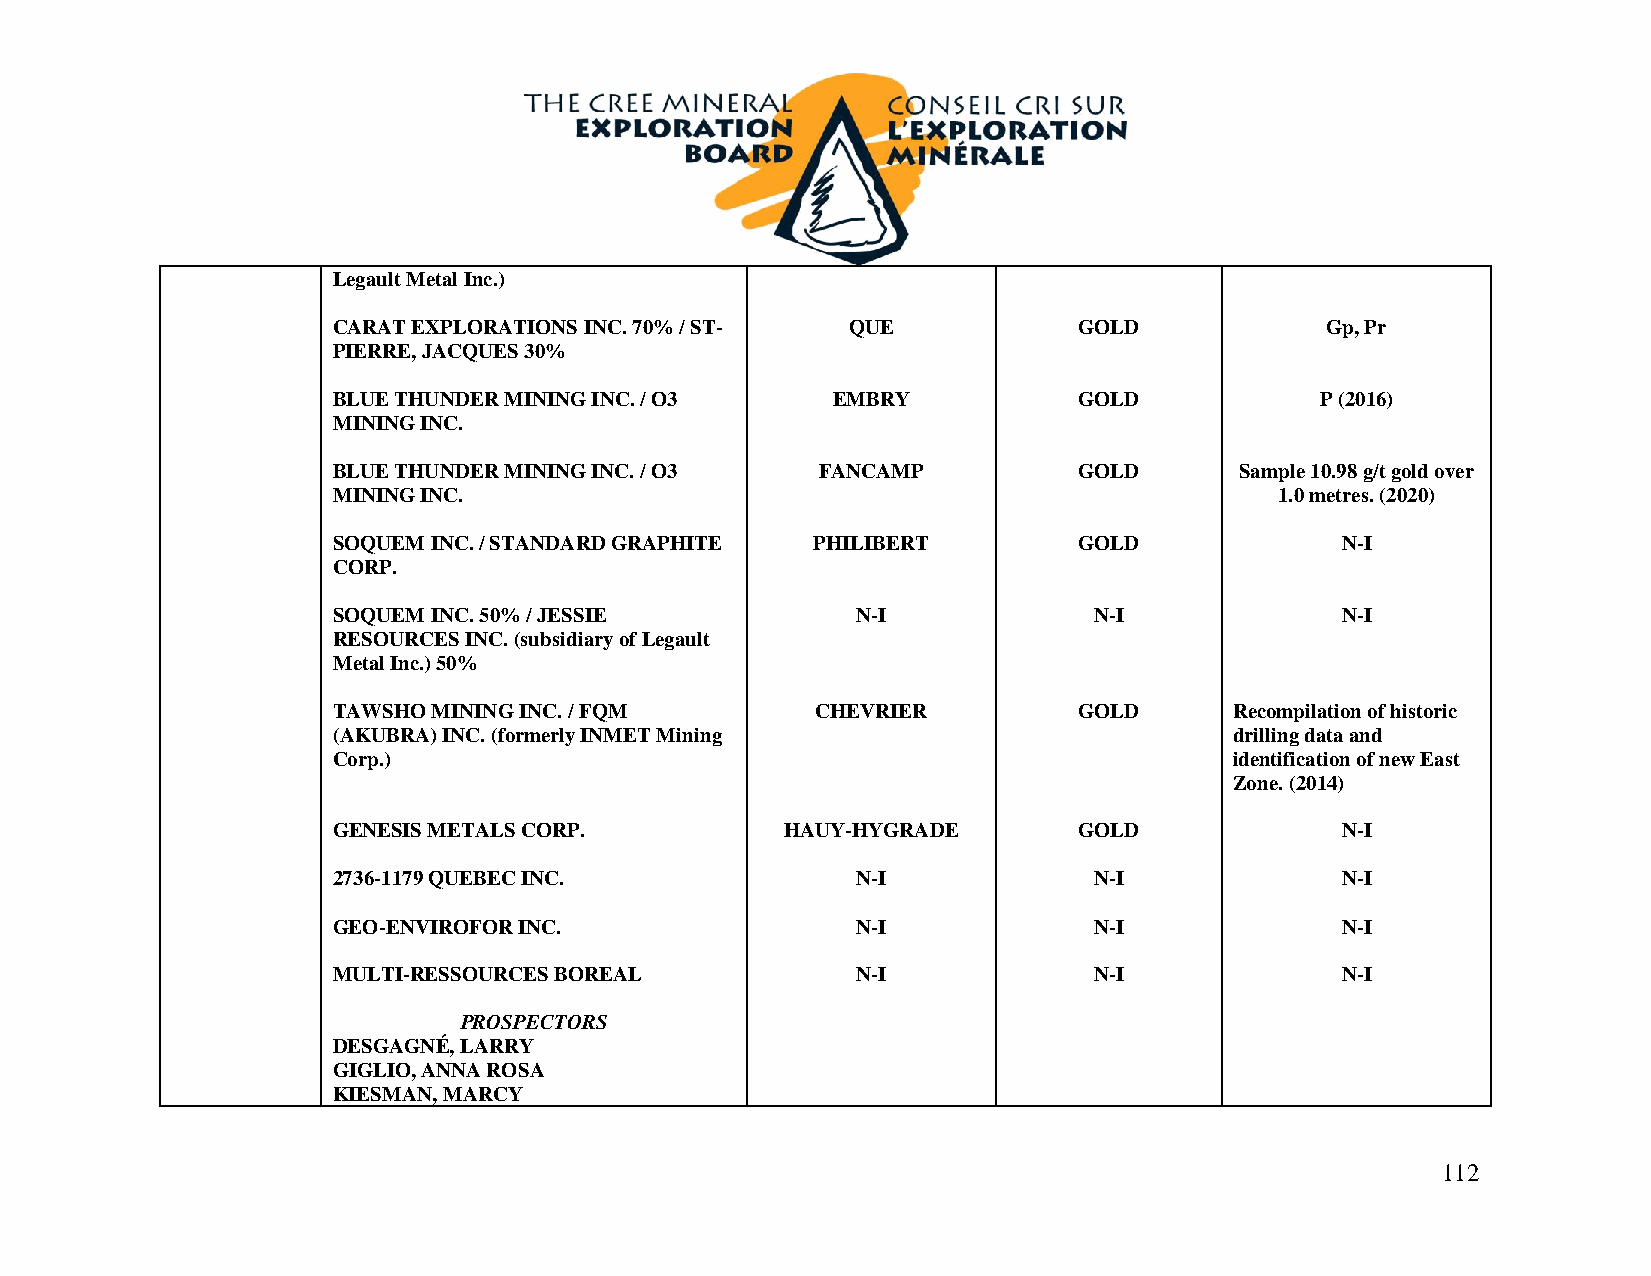
Legault Metal Inc.)
 CARAT EXPLORATIONS INC. 70% / ST- QUE            GOLD             Gp, Pr
 PIERRE, JACQUES 30%
 BLUE THUNDER MINING INC. / O3    EMBRY           GOLD            P (2016)
 MINING INC.
 BLUE THUNDER MINING INC. / O3   FANCAMP          GOLD       Sample 10.98 g/t gold over
 MINING INC.                                                    1.0 metres. (2020)
 SOQUEM INC. / STANDARD GRAPHITE PHILIBERT        GOLD              N-I
 CORP.
 SOQUEM INC. 50% / JESSIE           N-I            N-I              N-I
 RESOURCES INC. (subsidiary of Legault
 Metal Inc.) 50%
 TAWSHO MINING INC. / FQM        CHEVRIER         GOLD       Recompilation of historic
 (AKUBRA) INC. (formerly INMET Mining                        drilling data and
 Corp.)                                                      identification of new East
 Zone. (2014)
 GENESIS METALS CORP.          HAUY-HYGRADE       GOLD              N-I
 2736-1179 QUEBEC INC.              N-I            N-I              N-I
 GEO-ENVIROFOR INC.                 N-I            N-I              N-I
 MULTI-RESSOURCES BOREAL            N-I            N-I              N-I
 PROSPECTORS
 DESGAGNÉ, LARRY
 GIGLIO, ANNA ROSA
 KIESMAN, MARCY
 112